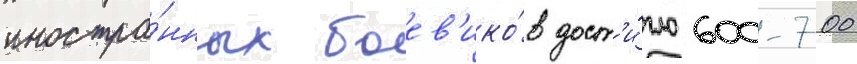
иностра́нных боев'ико́в дост'и́гло 600-700